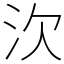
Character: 㳄